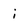
Character: i